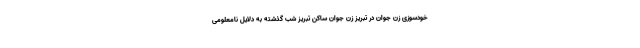
خودسوزی زن جوان در تبریز زن جوان ساکن تبریز شب گذشته به دلایل نامعلومی